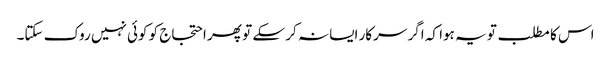
اس کا مطلب تو یہ ہوا کہ اگر سرکار ایسا نہ کر سکے تو پھر احتجاج کو کوئی نہیں روک سکتا۔